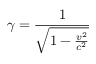
\gamma = \frac { 1 } { \sqrt { 1 - \frac { v ^ { 2 } } { c ^ { 2 } } } }